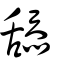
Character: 舔